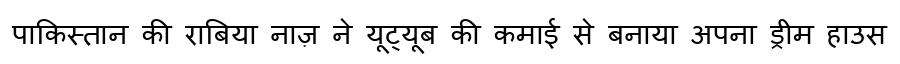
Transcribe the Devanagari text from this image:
पाकिस्तान की राबिया नाज़ ने यूट्यूब की कमाई से बनाया अपना ड्रीम हाउस